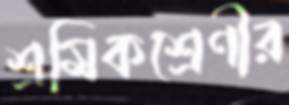
শ্রমিকশ্রেণীর